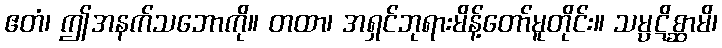
ဧတံ၊ ဤအနက်သဘောကို။ တထာ၊ အရှင်ဘုရားမိန့်တော်မူတိုင်း။ သမ္ပဋိစ္ဆာမိ၊